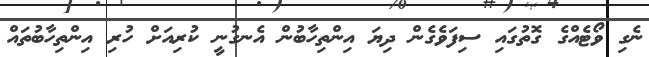
ނެގި ވޯޓެއްގެ ގޮތުގައި ސިފަވެގެން ދިޔަ އިންތިހާބުން އެނގުނީ ކުރިއަށް ހުރި އިންތިހާބުތައް